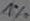
Text: 1%